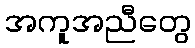
အကူအညီတွေ